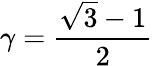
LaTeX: \gamma=\frac{\sqrt{3}-1}{2}